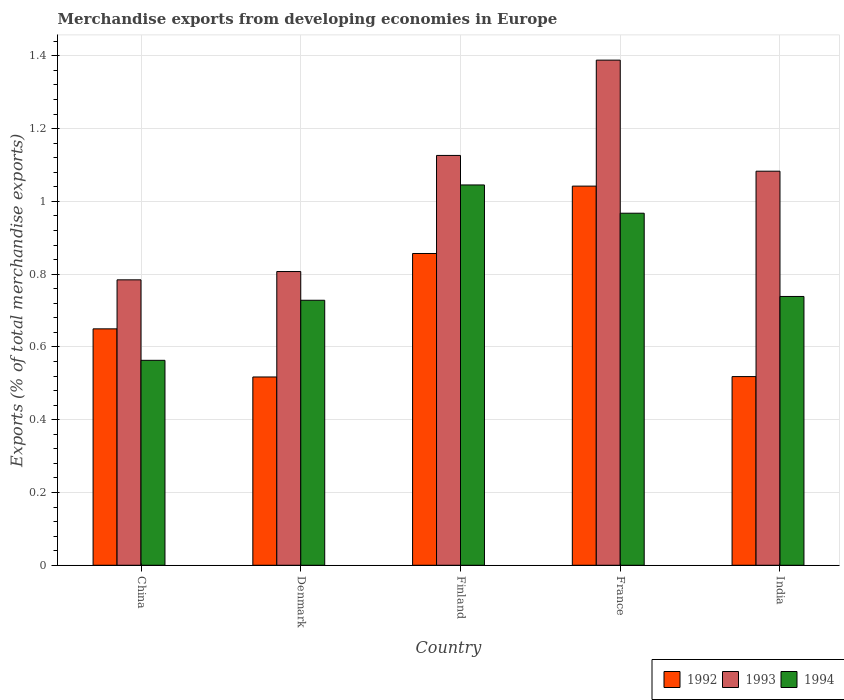
| Country | 1992 | 1993 | 1994 |
 | --- | --- | --- | --- |
 | China | 0.65 | 0.784 | 0.563 |
 | Denmark | 0.517 | 0.807 | 0.728 |
 | Finland | 0.857 | 1.13 | 1.05 |
 | France | 1.04 | 1.39 | 0.968 |
 | India | 0.519 | 1.08 | 0.739 |